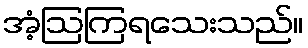
အံ့ဩကြရသေးသည်။